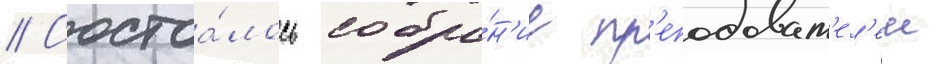
// Состоа́лось собра́н'ие пр'еподават'ел'еи